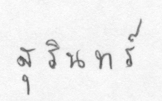
สุรินทร์